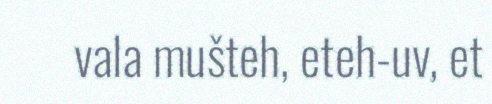
vala mušteh, eteh-uv, et